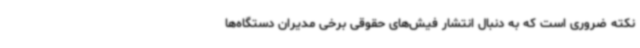
نکته ضروری است که به دنبال انتشار فیش‌های حقوقی برخی مدیران دستگاه‌ها